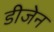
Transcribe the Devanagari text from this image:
डीजेन